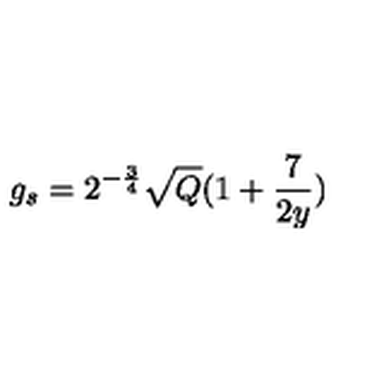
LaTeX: g _ { s } = 2 ^ { - \frac { 3 } { 4 } } \sqrt { Q } ( 1 + \frac { 7 } { 2 y } )